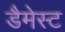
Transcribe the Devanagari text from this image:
डैमेस्ट